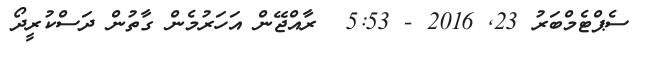
ސެޕްޓެމްބަރު 23